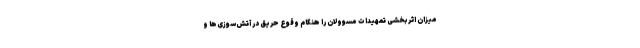
میزان اثربخشی تمهیدات مسوولان را هنگام وقوع حریق در آتش‌سوزی‌ها و